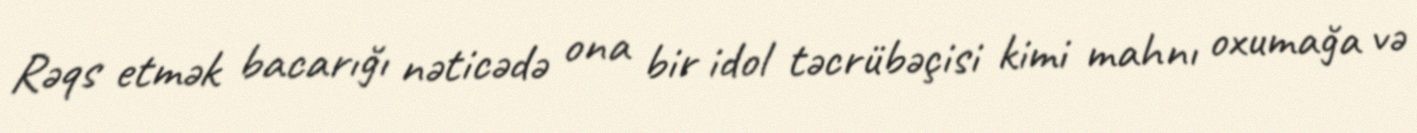
Rəqs etmək bacarığı nəticədə ona bir idol təcrübəçisi kimi mahnı oxumağa və